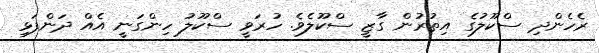
ރެހެންދި ސްކޫލުގެ އިތުރުން ގާޒީ ސްކޫލެވެ. ހުރަވީ ސްކޫލު ހިންގަނީ އެއް ދަންފަޅި